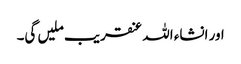
اور انشاء اللہ عنقریب ملیں گی۔